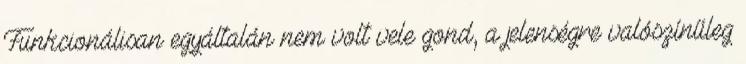
Funkcionálisan egyáltalán nem volt vele gond, a jelenségre valószínűleg